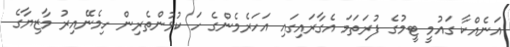
އަނެއްކާ ގައުމީ ޓީމުގެ ފުރަތަމަ އެގާރައިގައި އަހަރެމެންގެ ހަ ކުޅުންތެރިން ހިމެނޭއިރު މާޒިޔާގެ